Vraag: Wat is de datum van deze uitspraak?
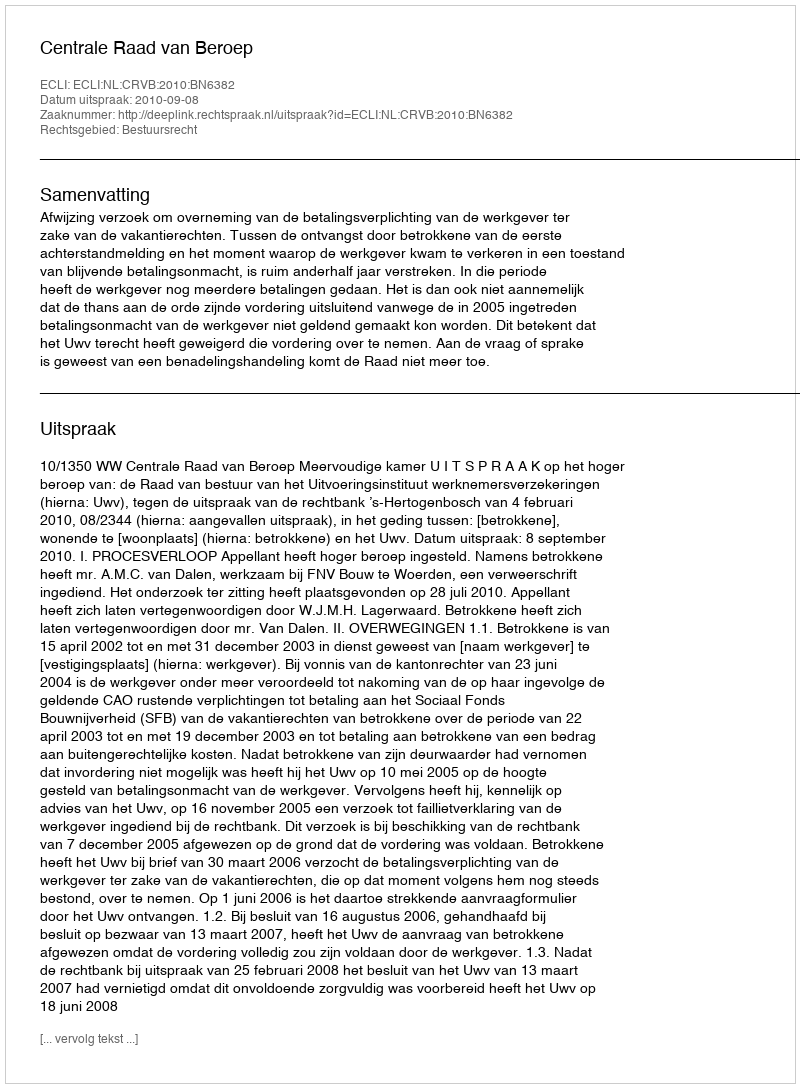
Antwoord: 2010-09-08